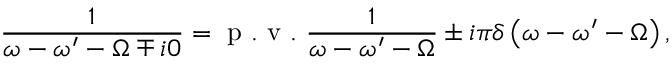
\frac { 1 } { \omega - \omega ^ { \prime } - \Omega \mp i 0 } = \mathrm { ~ p ~ . ~ v ~ . ~ } \frac { 1 } { \omega - \omega ^ { \prime } - \Omega } \pm i \pi \delta \left( \omega - \omega ^ { \prime } - \Omega \right) ,